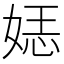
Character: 𮱈